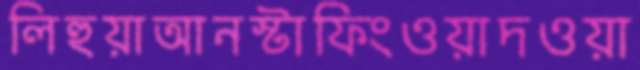
লিহুয়াআনস্টাফিংওয়াদওয়া